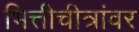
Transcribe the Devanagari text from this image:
भित्तीचीत्रांवर